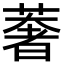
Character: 𮑂